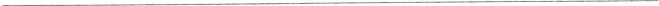
___